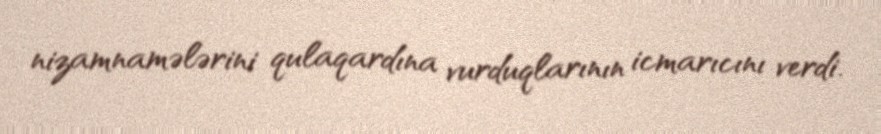
nizamnamələrini qulaqardına vurduqlarının icmarıcını verdi.